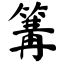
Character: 篝